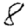
Digit: 8